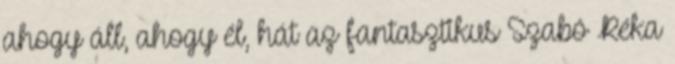
ahogy áll, ahogy él, hát az fantasztikus Szabó Réka